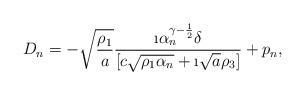
LaTeX: \begin{align*}D_n = -\sqrt{\frac{\rho_1}{a}} \frac{\i \alpha_n^{\gamma-\frac12}\delta}{[c \sqrt{\rho_1\alpha_n}+\i \sqrt{a}\rho_3]} + p_n,\end{align*}